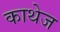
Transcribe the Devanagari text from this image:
काथेज